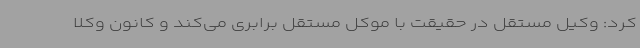
کرد: وکیل مستقل در حقیقت با موکل مستقل برابری می‌کند و کانون وکلا